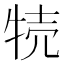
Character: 㸿